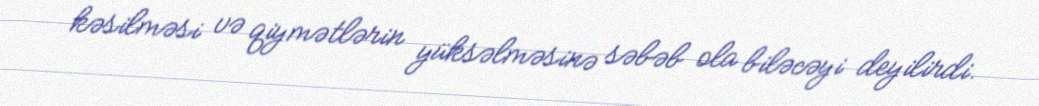
kəsilməsi və qiymətlərin yüksəlməsinə səbəb ola biləcəyi deyilirdi.